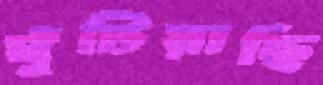
ঘুঁটিয়াছি